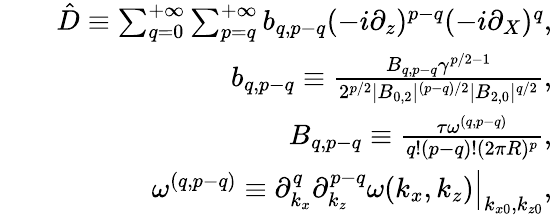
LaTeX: \begin{array}{rlr}&{}&{\hat{D}\equiv\sum_{q=0}^{+\infty}\sum_{p=q}^{+\infty}b_{q,p-q}(-i\partial_{z})^{p-q}(-i\partial_{X})^{q},}\\ &{}&{b_{q,p-q}\equiv\frac{B_{q,p-q}\gamma^{p/2-1}}{2^{p/2}|B_{0,2}|^{(p-q)/2}|B_{2,0}|^{q/2}},}\\ &{}&{B_{q,p-q}\equiv\frac{\tau\omega^{(q,p-q)}}{q!(p-q)!(2\pi R)^{p}},}\\ &{}&{\omega^{(q,p-q)}\equiv\left.\partial_{k_{x}}^{q}\partial_{k_{z}}^{p-q}\omega(k_{x},k_{z})\right|_{k_{x0},k_{z0}},}\end{array}